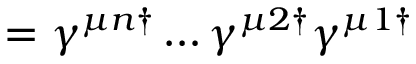
= \gamma ^ { \mu n \dagger } \dots \gamma ^ { \mu 2 \dagger } \gamma ^ { \mu 1 \dagger }